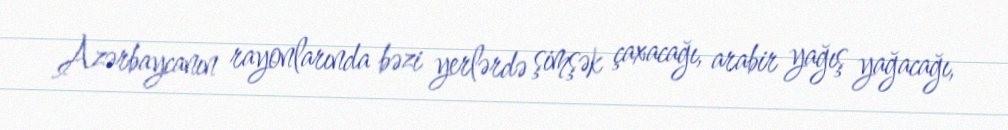
Azərbaycanın rayonlarında bəzi yerlərdə şimşək çaxacağı, arabir yağış yağacağı,